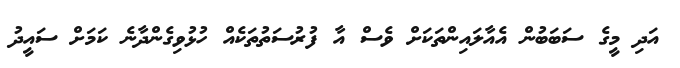
އަދި މީގެ ސަބަބުން އެއާލައިންތަކަށް ވެސް އާ ފުރުސަތުތަކެއް ހުޅުވިގެންދާނެ ކަމަށް ސައީދު